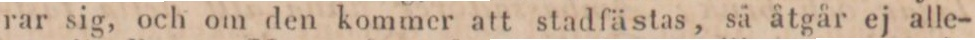
rar sig, och om den kommer att stadfästas, så åtgår ej alle-